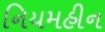
નિયમહીન